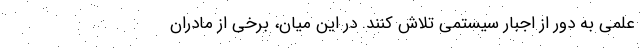
علمی به دور از اجبار سیستمی تلاش کنند. در این میان، برخی از مادران